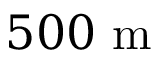
5 0 0 ~ \mathrm { m }